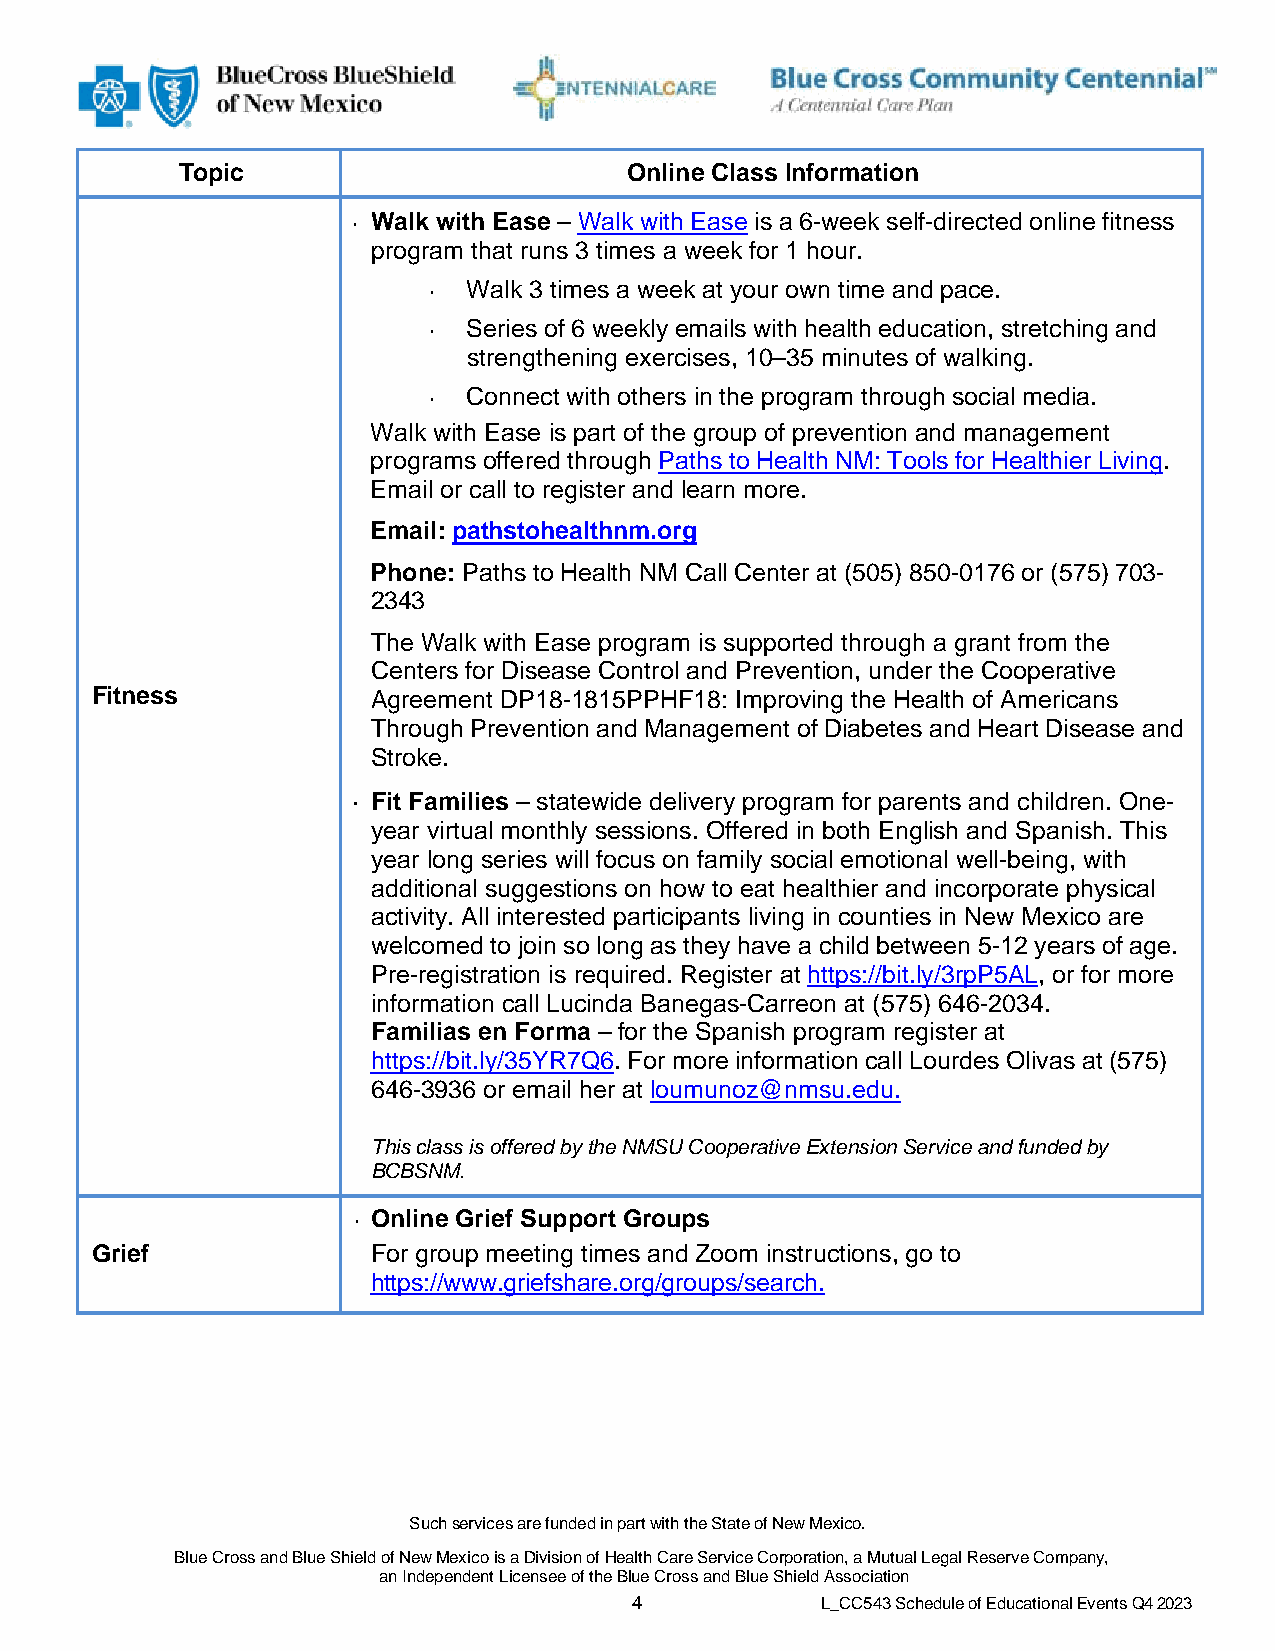
Topic                        Online Class Information
 • Walk with Ease – Walk with Ease is a 6-week self-directed online fitness
 program that runs 3 times a week for 1 hour.
 •  Walk 3 times a week at your own time and pace.
 •  Series of 6 weekly emails with health education, stretching and
 strengthening exercises, 10–35 minutes of walking.
 •  Connect with others in the program through social media.
 Walk with Ease is part of the group of prevention and management
 programs offered through Paths to Health NM: Tools for Healthier Living.
 Email or call to register and learn more.
 Email: pathstohealthnm.org
 Phone: Paths to Health NM Call Center at (505) 850-0176 or (575) 703-
 2343
 The Walk with Ease program is supported through a grant from the
 Centers for Disease Control and Prevention, under the Cooperative
 Fitness            Agreement DP18-1815PPHF18: Improving the Health of Americans
 Through Prevention and Management of Diabetes and Heart Disease and
 Stroke.
 • Fit Families – statewide delivery program for parents and children. One-
 year virtual monthly sessions. Offered in both English and Spanish. This
 year long series will focus on family social emotional well-being, with
 additional suggestions on how to eat healthier and incorporate physical
 activity. All interested participants living in counties in New Mexico are
 welcomed to join so long as they have a child between 5-12 years of age.
 Pre-registration is required. Register at https://bit.ly/3rpP5AL, or for more
 information call Lucinda Banegas-Carreon at (575) 646-2034.
 Familias en Forma – for the Spanish program register at
 https://bit.ly/35YR7Q6. For more information call Lourdes Olivas at (575)
 646-3936 or email her at loumunoz@nmsu.edu.
 This class is offered by the NMSU Cooperative Extension Service and funded by
 BCBSNM.
 • Online Grief Support Groups
 Grief              For group meeting times and Zoom instructions, go to
 https://www.griefshare.org/groups/search.
 Such services are funded in part with the State of New Mexico.
 Blue Cross and Blue Shield of New Mexico is a Division of Health Care Service Corporation, a Mutual Legal Reserve Company,
 an Independent Licensee of the Blue Cross and Blue Shield Association
 4           L_CC543 Schedule of Educational Events Q4 2023